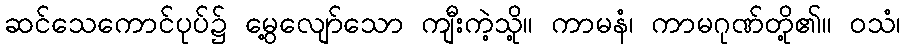
ဆင်သေကောင်ပုပ်၌ မွေ့လျော်သော ကျီးကဲ့သို့။ ကာမနံ၊ ကာမဂုဏ်တို့၏။ ဝသံ၊